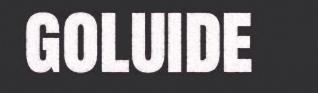
goluide